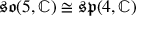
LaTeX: { \mathfrak { s o } } ( 5 , \mathbb { C } ) \cong { \mathfrak { s p } } ( 4 , \mathbb { C } )